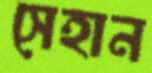
সেহান